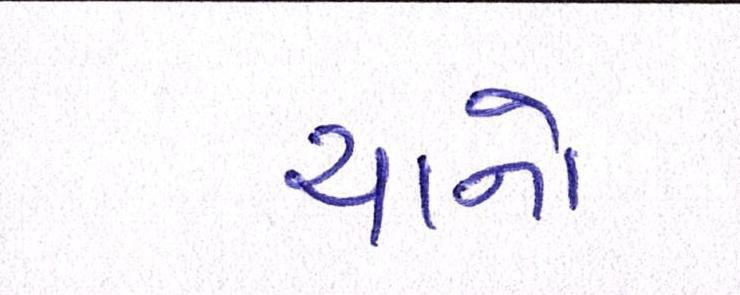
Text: ચાનો